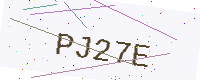
Text: PJ27E